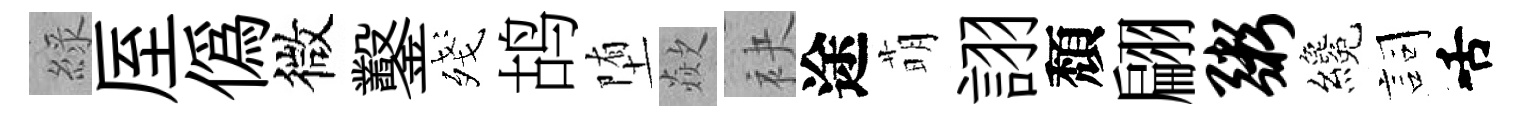
綠厔偽微鑿殘鸪堕歘袂途萌詡頽翩粥纔詞舌